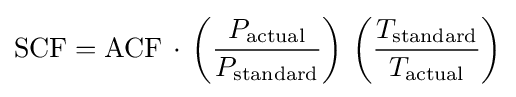
{\rm {SCF}}={\rm {ACF}}\,\cdot \,\left({\frac {P_{\rm {actual}}}{P_{\rm {standard}}}}\right)\,\left({\frac {T_{\rm {standard}}}{T_{\rm {actual}}}}\right)